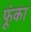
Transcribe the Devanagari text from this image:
फूंका